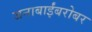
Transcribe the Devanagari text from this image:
जनाबाईंबरोबर